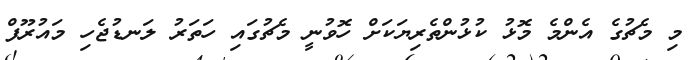
މި މެޗުގެ އެންމެ މޮޅު ކުޅުންތެރިޔަކަށް ހޮވުނީ މެޗުގައި ހަތަރު ލަނޑުޖެހި މައުރޫފް